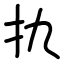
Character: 扏